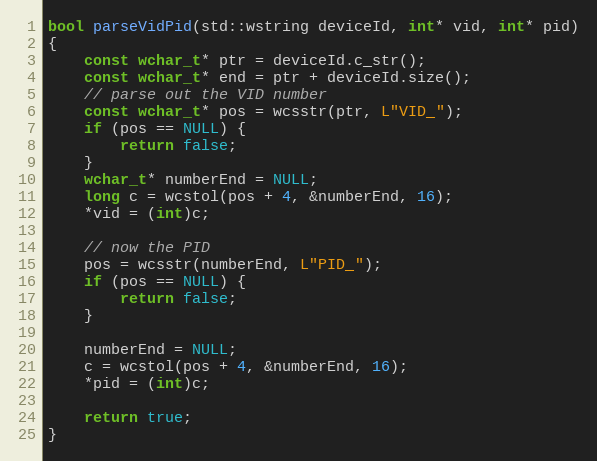
Language: C++
bool parseVidPid(std::wstring deviceId, int* vid, int* pid)
{
    const wchar_t* ptr = deviceId.c_str();
    const wchar_t* end = ptr + deviceId.size();
    // parse out the VID number
    const wchar_t* pos = wcsstr(ptr, L"VID_");
    if (pos == NULL) {
        return false;
    }
    wchar_t* numberEnd = NULL;
    long c = wcstol(pos + 4, &numberEnd, 16);
    *vid = (int)c;

    // now the PID
    pos = wcsstr(numberEnd, L"PID_");
    if (pos == NULL) {
        return false;
    }

    numberEnd = NULL;
    c = wcstol(pos + 4, &numberEnd, 16);
    *pid = (int)c;

    return true;
}